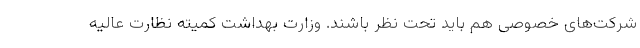
شرکت‌های خصوصی هم باید تحت نظر باشند. وزارت بهداشت کمیته نظارت عالیه